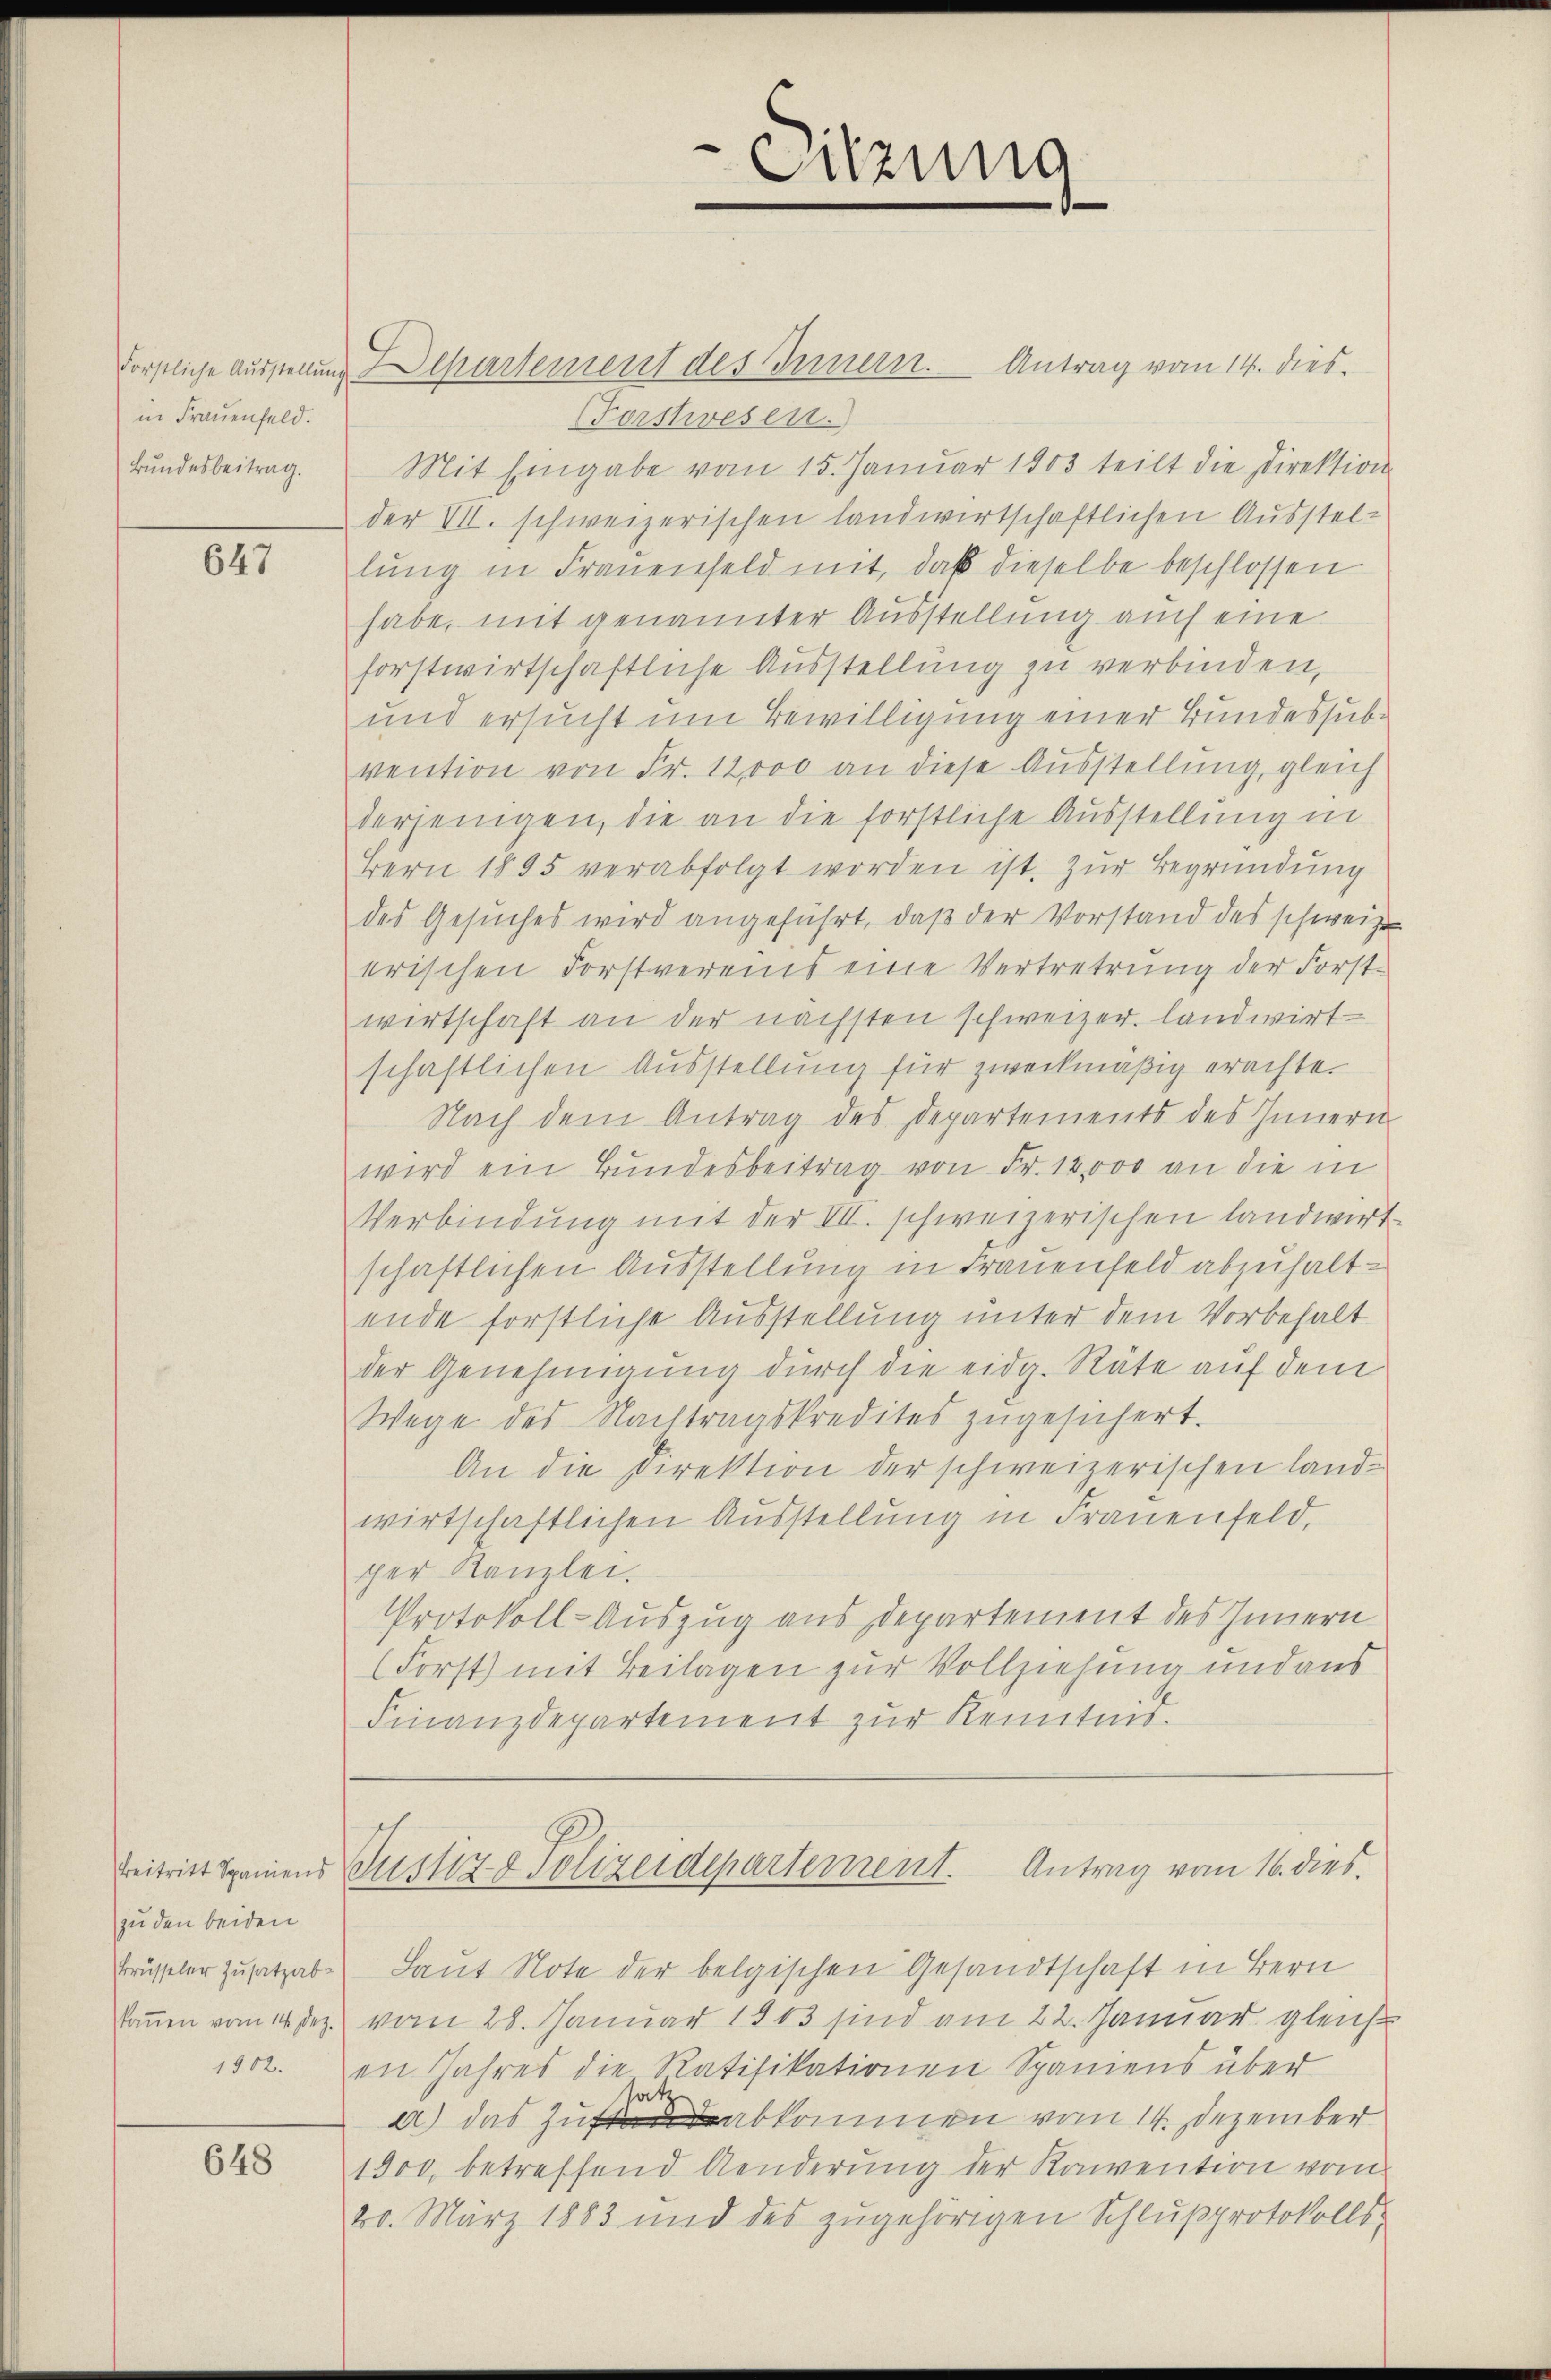
in Frauenfeld.
Bundesbeitrag.

647

zu den beiden
Brüsseler Zusatzab-
kommen vom 14. Dez.
1802.

648

Forstliche Ausstellung chartement des Innern. Antrag vom 14. dies
Forstwesen.
Mit Eingabe vom 15. Januar 1903 teilt die Direktion
der VII. schweizerischen landwirtschaftlichen Ausstellung in Frauenfeld mit, daß dieselbe beschlossen
habe, mit genannter Ausstellung auch eine
forstwirtschaftliche Ausstellung zu verbinden,
und ersucht um Bewilligung einer Bundessubvention von Fr. 12000 an diese Ausstellung, gleich
derjenigen, die an die forstliche Ausstellung in
Bern 1895 verabfolgt worden ist. Zur Begründung
des Gesuches wird angeführt, daβ der Vorstand des schweize
erischen Forstvereins eine Vertretung der Forstwirtschaft an der nächsten schweizer landwirt-
schaftlichen Ausstellung für zweckmäßig erachte.
Nach dem Antrag des Departements des Innern
wird ein Bundesbeitrag von Fr. 18000 an die in
Verbindŭng mit der VII. schweizerischen landwirt-
schaftlichen Ausstellung in Frauenfeld abzuhaltende forstliche Ausstellung unter dem Vorbehalt
der Genehmigung durch die eidg. Räte auf dem
Wege des Nachtragskredites zugesichert.
An die Direktion der schweizerischen Landwirtschaftlichen Ausstellung in Frauenfeld,
ger Kanzlei.
Protokoll-Auszug aus Departement des Innern
(Forst) mit Beilagen zur Vollziehung und aus
Finanzdepartement zur Kenntnis.

6
Sitzung

Beitritt Samens Justiz & Polizeidepartement. Antrag vom 16. dies.

Laut Note der belgischen Gesandtschaft in Bern
vom 28. Januar 1913 sind am 22. Januar gleich
en Jahres die Ratifikationen Spaniens über
o
a) das Zuabkommen vom 14. Dezember
1500, betreffend Aenderung der Konvention vom
20. März 1883 und des zugehörigen Schlußprotokolls-